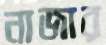
নাজার